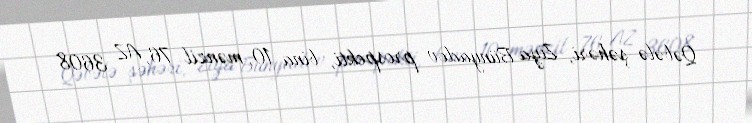
Qəbələ şəhəri, Ziya Bünyadov prospekti, bina 10, mənzil 76, AZ 3608